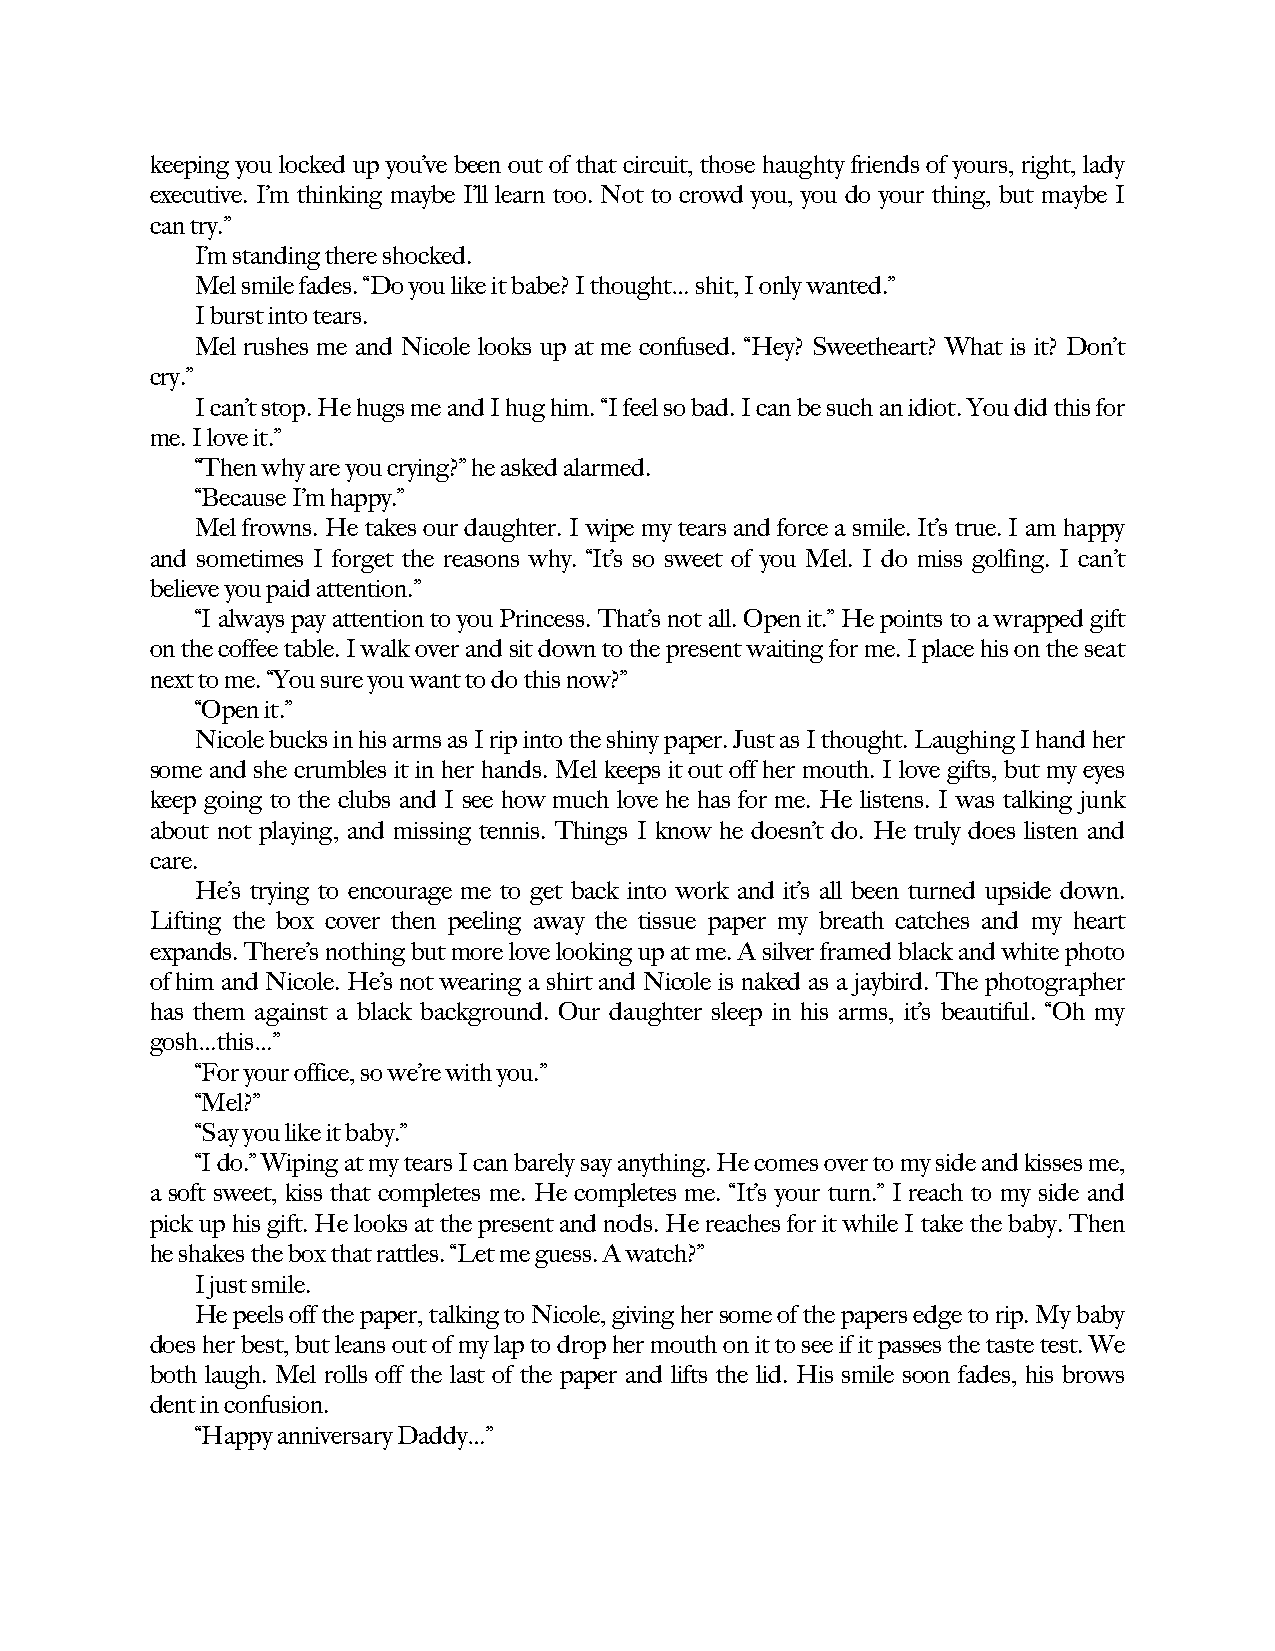
keeping you locked up you’ve been out of that circuit, those haughty friends of yours, right, lady
 executive. I’m thinking maybe I’ll learn too. Not to crowd you, you do your thing, but maybe I
 can try.”
 I’m standing there shocked.
 Mel smile fades. “Do you like it babe? I thought… shit, I only wanted.”
 I burst into tears.
 Mel rushes me and Nicole looks up at me confused. “Hey? Sweetheart? What is it? Don’t
 cry.”
 I can’t stop. He hugs me and I hug him. “I feel so bad. I can be such an idiot. You did this for
 me. I love it.”
 “Then why are you crying?” he asked alarmed.
 “Because I’m happy.”
 Mel frowns. He takes our daughter. I wipe my tears and force a smile. It’s true. I am happy
 and sometimes I forget the reasons why. “It’s so sweet of you Mel. I do miss golfing. I can’t
 believe you paid attention.”
 “I always pay attention to you Princess. That’s not all. Open it.” He points to a wrapped gift
 on the coffee table. I walk over and sit down to the present waiting for me. I place his on the seat
 next to me. “You sure you want to do this now?”
 “Open it.”
 Nicole bucks in his arms as I rip into the shiny paper. Just as I thought. Laughing I hand her
 some and she crumbles it in her hands. Mel keeps it out off her mouth. I love gifts, but my eyes
 keep going to the clubs and I see how much love he has for me. He listens. I was talking junk
 about not playing, and missing tennis. Things I know he doesn’t do. He truly does listen and
 care.
 He’s trying to encourage me to get back into work and it’s all been turned upside down.
 Lifting the box cover then peeling away the tissue paper my breath catches and my heart
 expands. There’s nothing but more love looking up at me. A silver framed black and white photo
 of him and Nicole. He’s not wearing a shirt and Nicole is naked as a jaybird. The photographer
 has them against a black background. Our daughter sleep in his arms, it’s beautiful. “Oh my
 gosh…this…”
 “For your office, so we’re with you.”
 “Mel?”
 “Say you like it baby.”
 “I do.” Wiping at my tears I can barely say anything. He comes over to my side and kisses me,
 a soft sweet, kiss that completes me. He completes me. “It’s your turn.” I reach to my side and
 pick up his gift. He looks at the present and nods. He reaches for it while I take the baby. Then
 he shakes the box that rattles. “Let me guess. A watch?”
 I just smile.
 He peels off the paper, talking to Nicole, giving her some of the papers edge to rip. My baby
 does her best, but leans out of my lap to drop her mouth on it to see if it passes the taste test. We
 both laugh. Mel rolls off the last of the paper and lifts the lid. His smile soon fades, his brows
 dent in confusion.
 “Happy anniversary Daddy…”